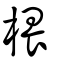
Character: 椳